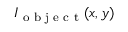
I _ { \textrm { o b j e c t } } ( x , y )